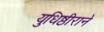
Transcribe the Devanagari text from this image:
युधिष्ठीराने